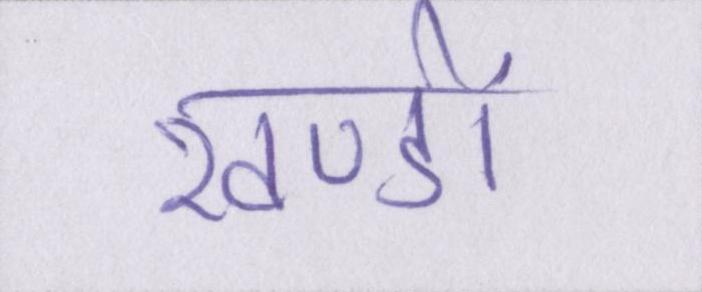
खण्डों